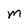
Character: M